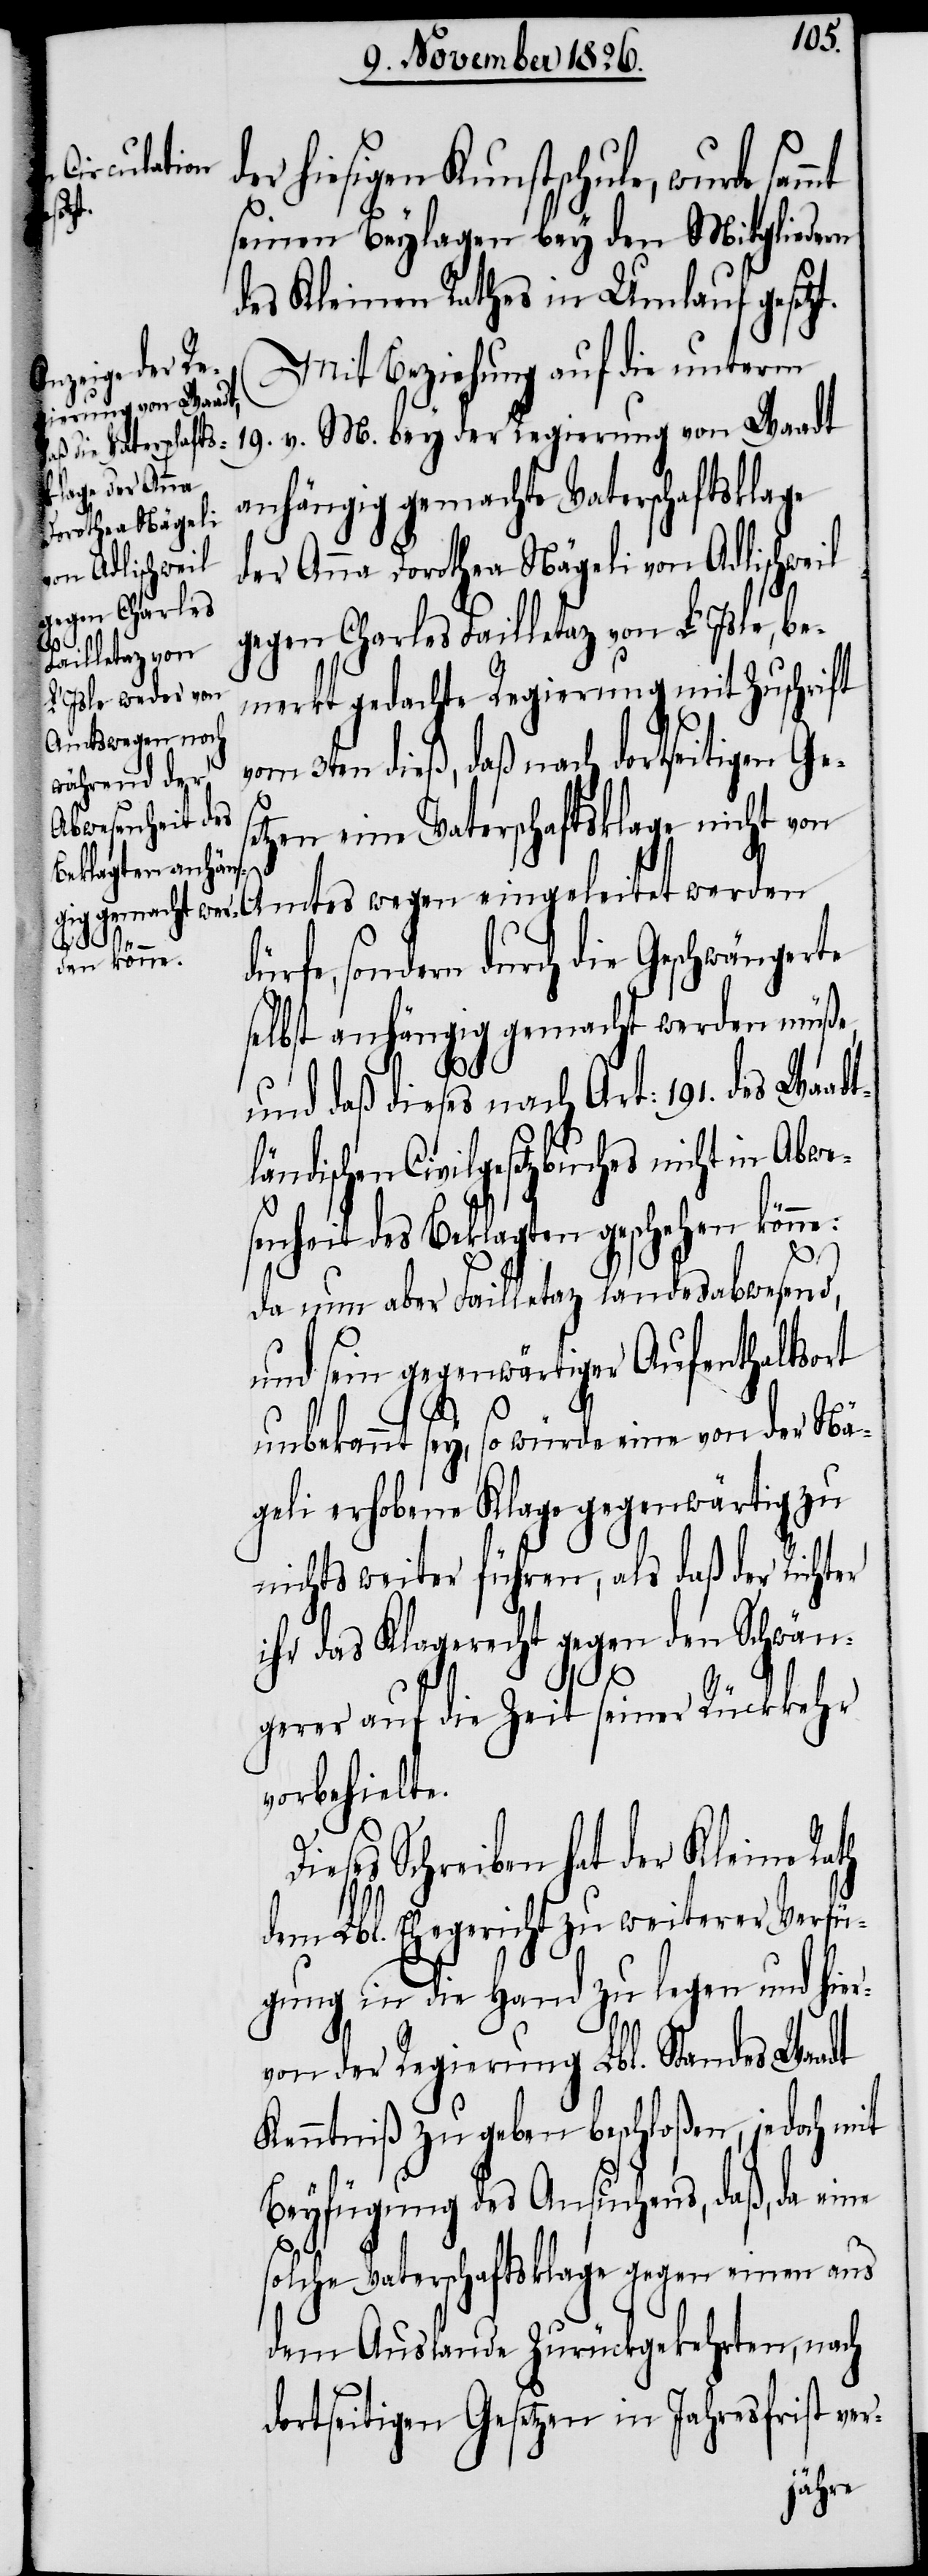
Dies¬
r-

er hiesigen Kunstschule, wurde
seinen Beylagen bey den Mitgliedern
des Kleinen Rathes in Umlauf gesetz¬
Mit Beziehung auf die unterm
19. v. M. bey der Regierung von Waadt
anhängig gemachte Vaterschaftsklage
der Anna Dorothea Nägeli von Adlischweil
gegen Charles Failletaz von L’Isle, be¬
merkt gedachte Regierung mit Zuschrift
vom 3ten dieß, daß nach dortseitigen Ge¬
setzen eine Vaterschaftsklage nicht von
Amtes wegen eingeleitet werden
sondern durch die Geschwängerte
selbst anhängig gemacht werden müße,
und daß dieses nach Art: 191. des Waadt¬
ländischen Civilgesetzbuches nicht in Abw¬
senheit des Beklagten geschehen könne:
da nun aber Failletaz landesabwesend,
und sein gegenwärtiger Aufenthaltsort
unbekannt sey, so würde eine von der Nä¬
geli erhobene Klage gegenwärtig zu
nichts weiter führen, als daß der Richter
ihr das Klagerecht gegen den Schwän¬
gerer auf die Zeit seiner Rückkehr
vorbehielte.
es Schreiben hat der Kleine Rath
dem Lbl. Ehegericht zu weiterer Verfü¬
gung in die Hand zu legen und hie¬
rvon der Regierung Lbl. Standes Waadt
Kenntniß zu geben beschloßen, jedoch mit
Beyfügung des Ansuchens, daß, da eine
solche Vaterschaftsklage gegen einen aus
dem Auslande zurückgekehrten, nach
dortseitigen Gesetzen in Jahresfrist ve¬